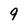
Character: 9